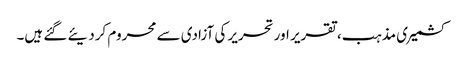
کشمیری مذہب، تقریر اور تحریر کی آزادی سے محروم کردیئے گئے ہیں۔